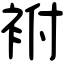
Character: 袝